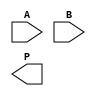
module low_power_wallace_tree_multiplier #(parameter N = 4) (
    input [N-1:0] A,
    input [N-1:0] B,
    output reg [2*N-1:0] P
);

    // Partial Product Generation
    wire [N-1:0] pp [N-1:0]; // Partial products
    genvar i, j;
    generate
        for (i = 0; i < N; i = i + 1) begin: pp_gen
            for (j = 0; j < N; j = j + 1) begin: pp_row
                assign pp[i][j] = A[i] & B[j];
            end
        end
    endgenerate

    // Wallace Tree Reduction
    wire [N-1:0] sum [N-1:0];
    wire [N-1:0] carry [N-1:0];
    wire [N-1:0] final_sum;
    wire [N-1:0] final_carry;

    // Stage 1: Combine partial products
    generate
        for (i = 0; i < N; i = i + 1) begin: stage1
            if (i % 3 == 0) begin
                assign {carry[i], sum[i]} = pp[i] + pp[i+1] + pp[i+2];
            end
        end
    endgenerate

    // Stage 2: Further reduction
    generate
        for (i = 0; i < N; i = i + 1) begin: stage2
            if (i % 2 == 0) begin
                assign {final_carry[i], final_sum[i]} = sum[i] + sum[i+1];
            end
        end
    endgenerate

    // Final Addition using Carry Propagate Adder
    always @(*) begin
        P = 0; // Initialize product
        // Adding final sums and carries
        P = final_sum + final_carry; 
    end

endmodule